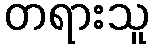
တရားသူ